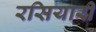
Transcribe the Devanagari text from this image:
रसियारी